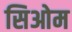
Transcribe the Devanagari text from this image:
सिओम